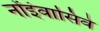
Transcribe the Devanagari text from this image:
नोंइंवासिवे